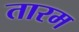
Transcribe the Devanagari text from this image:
तारम